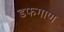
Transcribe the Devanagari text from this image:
डफगाण